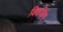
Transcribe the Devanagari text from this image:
क्विजिंग